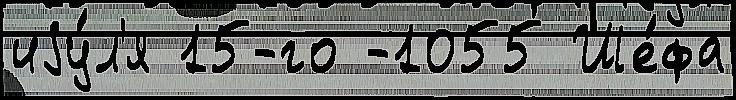
иjу́л'я 15-го -1055 Ше́фа